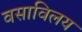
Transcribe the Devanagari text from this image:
वसाविलय